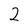
Character: 2